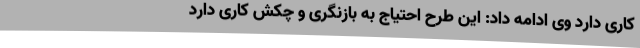
کاری دارد وی ادامه داد: این طرح احتیاج به بازنگری و چکش کاری دارد